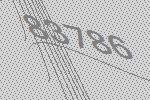
83786